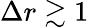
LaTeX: \Delta r\gtrsim 1